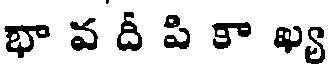
భా వ దీ పి కా ఖ్య